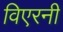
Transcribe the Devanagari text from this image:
विएरनी